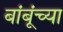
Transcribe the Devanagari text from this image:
बांबूंच्या